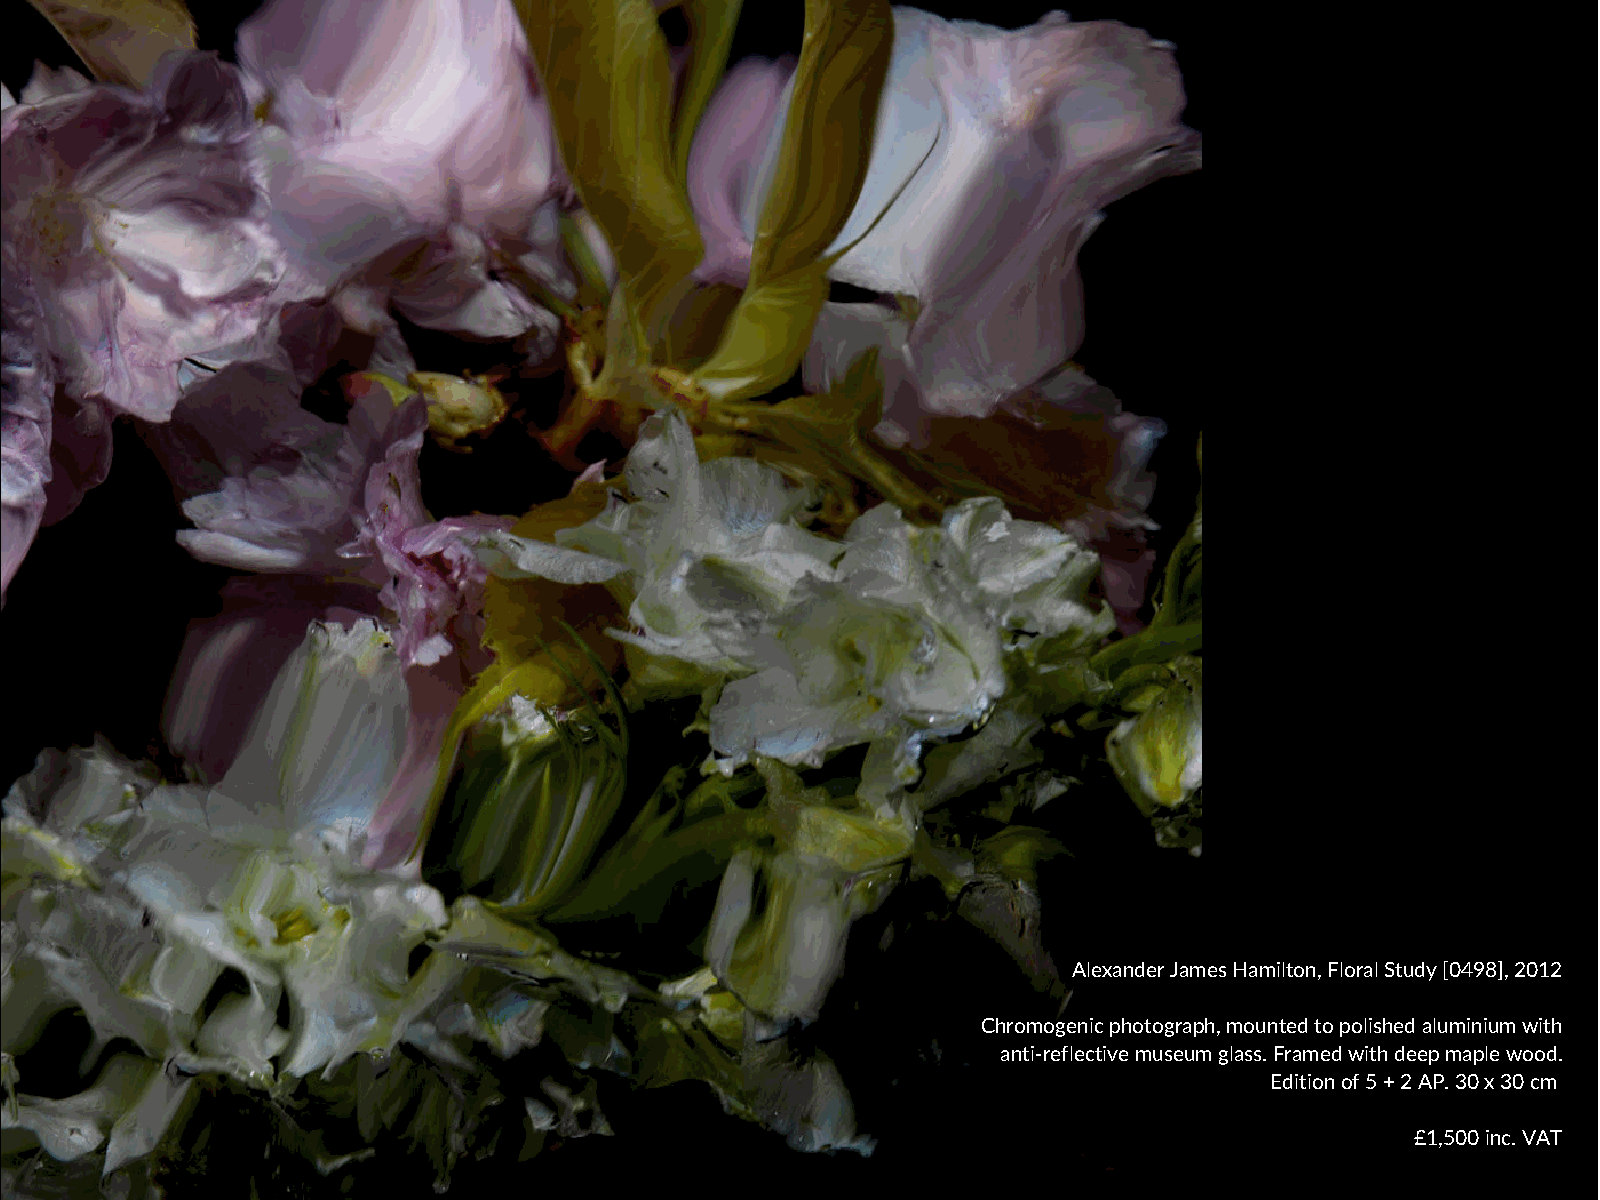
Alexander James Hamilton, Floral Study [0498], 2012
 Chromogenic photograph, mounted to polished aluminium with
 anti-reflective museum glass. Framed with deep maple wood.
 Edition of 5 + 2 AP. 30 x 30 cm
 £1,500 inc. VAT